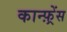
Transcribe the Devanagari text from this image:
कान्‍फ़्रेंस